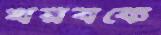
খরবকে